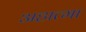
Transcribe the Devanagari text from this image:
अहात्मा